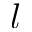
l